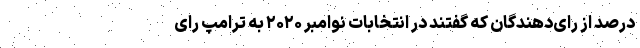
درصد از رای‌دهندگان که گفتند در انتخابات نوامبر ۲۰۲۰ به ترامپ رای